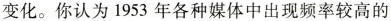
变化。你认为1953年各种媒体中出现频率较高的